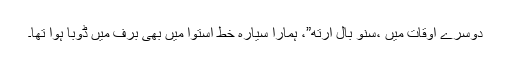
دوسرے اوقات میں ،سنو بال ارتھ”، ہمارا سیارہ خط استوا میں بھی برف میں ڈوبا ہوا تھا۔